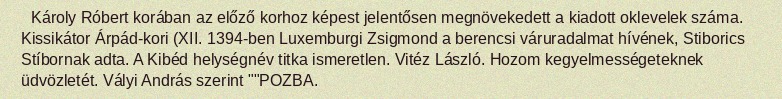
Károly Róbert korában az előző korhoz képest jelentősen megnövekedett a kiadott oklevelek száma. Kissikátor Árpád-kori (XII. 1394-ben Luxemburgi Zsigmond a berencsi váruradalmat hívének, Stiborics Stíbornak adta. A Kibéd helységnév titka ismeretlen. Vitéz László. Hozom kegyelmességeteknek üdvözletét. Vályi András szerint ""POZBA.